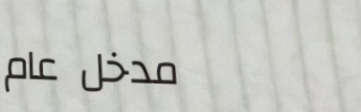
مدخل عام